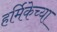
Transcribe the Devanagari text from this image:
हर्मिकेच्या